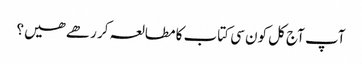
آپ آج کل کون سی کتاب کا مطالعہ کر رھے ھیں؟